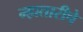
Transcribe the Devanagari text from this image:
म्हातारीचे